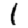
Digit: 1